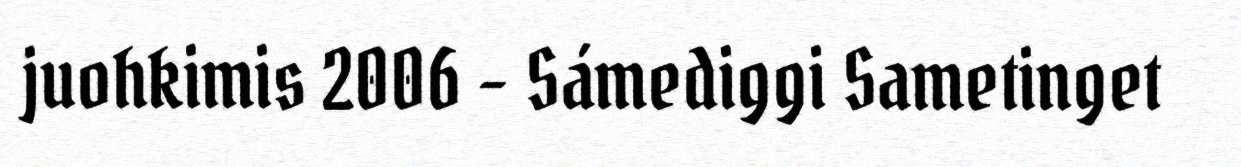
juohkimis 2006 - Sámediggi Sametinget